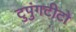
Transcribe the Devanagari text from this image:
टुपुंगटीटो